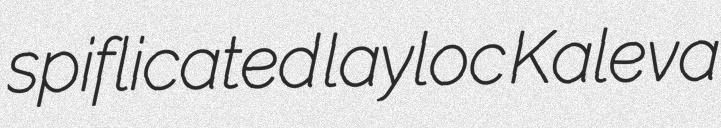
spiflicated layloc Kaleva